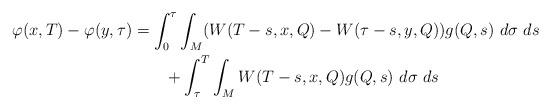
LaTeX: \begin{align*}\varphi(x,T)-\varphi(y,\tau)&=\int_0^\tau\int_{M} (W(T-s,x,Q)-W(\tau-s,y,Q))g(Q,s)\ d\sigma \ ds\\&\quad\quad+\int_\tau^T\int_{M} W(T-s,x,Q)g(Q,s)\ d\sigma \ ds\end{align*}